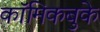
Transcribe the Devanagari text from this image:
कॉमिकबुके